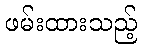
ဖမ်းထားသည့်